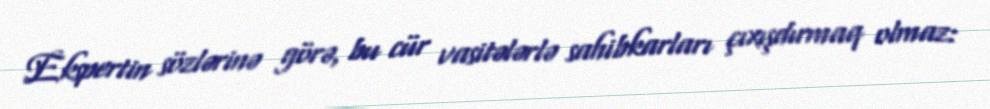
Ekspertin sözlərinə görə, bu cür vasitələrlə sahibkarları çıxışdırmaq olmaz: